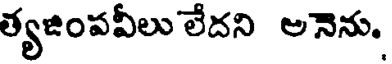
త్యజింపవీలు లేదని అనెను.